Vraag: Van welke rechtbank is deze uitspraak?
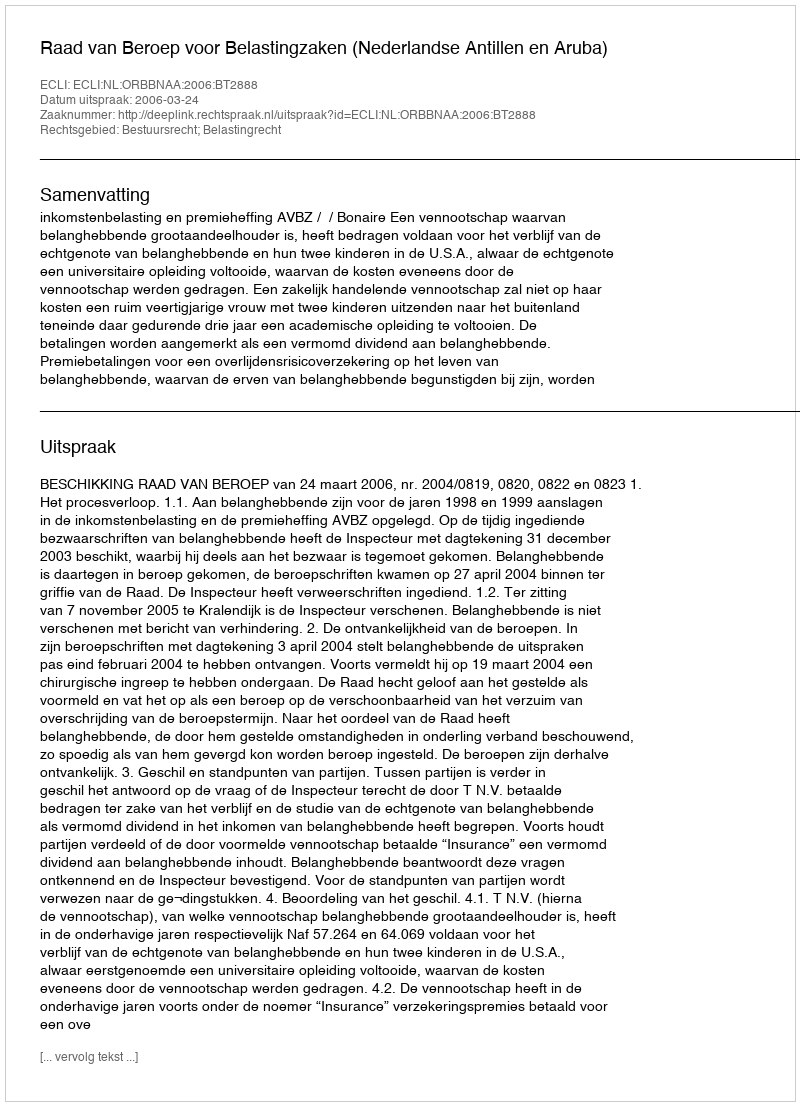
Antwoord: Raad van Beroep voor Belastingzaken (Nederlandse Antillen en Aruba)